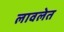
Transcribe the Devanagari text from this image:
लावलेत